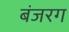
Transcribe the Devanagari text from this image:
बंजरग